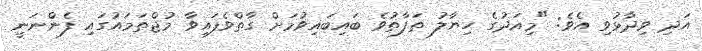
އަދި ވިދާޅުވި އެވެ: "މިއަދުގެ ހިޔާލު ތަފާތުވެ ބައިބައިވުމަށް ގާތްވެފައިވާ މުޖްތަމައުގައި ފެންނަނީ